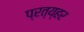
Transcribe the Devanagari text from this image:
प्रत्य्हर